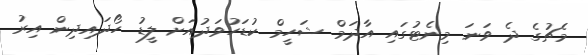
މެޗުގެ ދެ ވަނަ މިނެޓުގައި އާދަމް ޝަހީމް ކުޑަހުވަދުއަށް ލީޑު ހޯދައިދިން އިރު